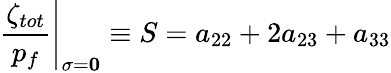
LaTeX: \left.\frac{\zeta_{tot}}{p_{f}}\right|_{\mathbf{\sigma}=\mathbf{0}}\equiv S=a_{22}+2a_{23}+a_{33}